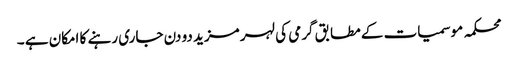
محکمہ موسمیات کے مطابق گرمی کی لہر مزید دو دن جاری رہنے کا امکان ہے ۔